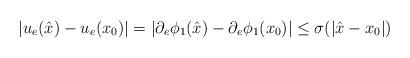
LaTeX: \begin{align*} |u_e(\hat{x})-u_e(x_0)| = |\partial_e\phi_1(\hat{x})-\partial_e\phi_1(x_0)| \leq \sigma(|\hat{x}-x_0|) \end{align*}